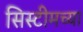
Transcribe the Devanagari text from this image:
सिस्टीमच्या